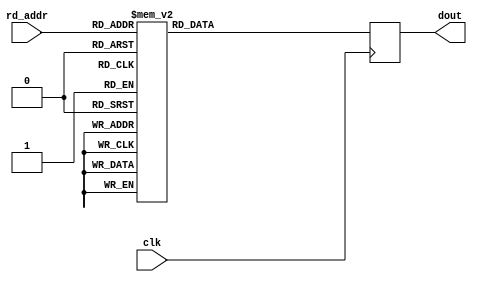
module floating_point_rom_c #(
    parameter EXP_WIDTH = 8,
    parameter MAN_WIDTH = 23
) (
    input clk,
    input [3:0] rd_addr,
    output reg [(1+EXP_WIDTH+MAN_WIDTH)-1:0] dout
);

generate
if (EXP_WIDTH == 8) begin
always @(posedge clk) begin: blk_rom_c_single
    case(rd_addr)
    4'd0: dout <= 32'he2f7_84c5;
    4'd1: dout <= 32'hd513_d2aa;
    4'd2: dout <= 32'h72af_f7e5;
    4'd3: dout <= 32'hbbd2_7277;
    4'd4: dout <= 32'h8932_d612;
    4'd5: dout <= 32'h47ec_db8f;
    4'd6: dout <= 32'h7930_69f2;
    4'd7: dout <= 32'h0;
    4'd8: dout <= {1'b0, {EXP_WIDTH{1'b1}}, {MAN_WIDTH{1'b0}}}; // +inf
    4'd9: dout <= {1'b0, {EXP_WIDTH{1'b1}}, 1'b1, {(MAN_WIDTH-1){1'b0}}}; // NaN
    default: dout <= 32'he776_96ce;
    endcase
end
end
else begin
always @(posedge clk) begin: blk_rom_c_double
    case(rd_addr)
    4'd0: dout <= 64'hbbd2_7277_e2f7_84c5;
    4'd1: dout <= 64'hd513_d2aa_7930_69f2;
    4'd2: dout <= 64'h72af_f7e5_e2f7_84c5;
    4'd3: dout <= 64'hd513_d2aa_bbd2_7277;
    4'd4: dout <= 64'h72af_f7e5_8932_d612;
    4'd5: dout <= 64'h47ec_db8f_e776_96ce;
    4'd6: dout <= 64'h7930_69f2_8932_d612;
    4'd7: dout <= 64'h0;
    4'd8: dout <= {1'b0, {EXP_WIDTH{1'b1}}, {MAN_WIDTH{1'b0}}}; // +inf
    4'd9: dout <= {1'b0, {EXP_WIDTH{1'b1}}, 1'b1, {(MAN_WIDTH-1){1'b0}}}; // NaN
    default: dout <= 64'he776_96ce_47ec_db8f;
    endcase
end
end
endgenerate

endmodule